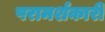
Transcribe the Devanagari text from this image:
परामर्शकारी